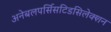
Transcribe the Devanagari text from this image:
अनेबलपर्सिसटिडसिलेक्शन